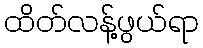
ထိတ်လန့်ဖွယ်ရာ